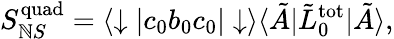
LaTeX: S_{\mathbb{N}S}^{\mathrm{{quad}}}=\langle\downarrow|c_{0}b_{0}c_{0}|\downarrow\rangle\langle\tilde{{A}}|\tilde{{L}}_{0}^{\mathrm{{tot}}}|\tilde{{A}}\rangle,